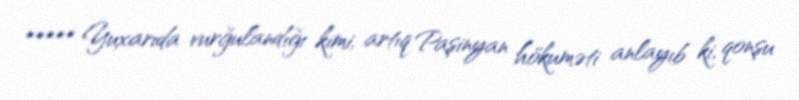
***** Yuxarıda vurğulandığı kimi, artıq Paşinyan hökuməti anlayıb ki, qonşu